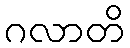
ဂလာတိ